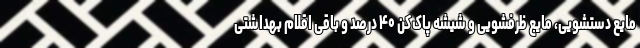
مایع دستشویی، مایع ظرفشویی و شیشه پاک‌کن ۴۰ درصد و باقی اقلام بهداشتی